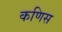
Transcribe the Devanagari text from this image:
कणिस